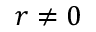
r \neq 0